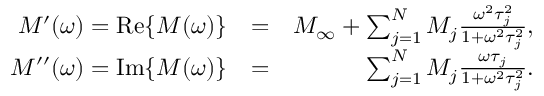
\begin{array} { r l r } { M ^ { \prime } ( \omega ) = \mathrm { R e } \{ M ( \omega ) \} } & { = } & { M _ { \infty } + \sum _ { j = 1 } ^ { N } M _ { j } \frac { \omega ^ { 2 } \tau _ { j } ^ { 2 } } { 1 + \omega ^ { 2 } \tau _ { j } ^ { 2 } } , } \\ { M ^ { \prime \prime } ( \omega ) = \mathrm { I m } \{ M ( \omega ) \} } & { = } & { \sum _ { j = 1 } ^ { N } M _ { j } \frac { \omega \tau _ { j } } { 1 + \omega ^ { 2 } \tau _ { j } ^ { 2 } } . } \end{array}